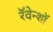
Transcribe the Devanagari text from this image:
रॅवेन्शॉ